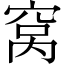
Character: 窝